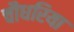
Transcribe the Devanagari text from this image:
चौधरिया